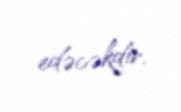
edəcəkdir.